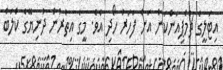
އިޓަލީގެ ޗެމްޕިއަންކަން އަށް ފަހަރު ހޯދި އެވެ. މީގެ އިތުރުން ދުނިޔޭގެ ކްލަބް